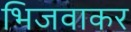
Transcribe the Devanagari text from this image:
भिजवाकर